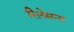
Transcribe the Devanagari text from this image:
रिलेसन्स